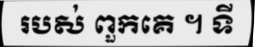
របស់ ពួកគេ ។ ទី